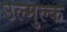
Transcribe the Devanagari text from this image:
उल्मुल्क